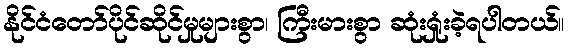
နိုင်ငံတော်ပိုင်ဆိုင်မှုများစွာ၊ ကြီးမားစွာ ဆုံးရှုံးခဲ့ရပါတယ်။